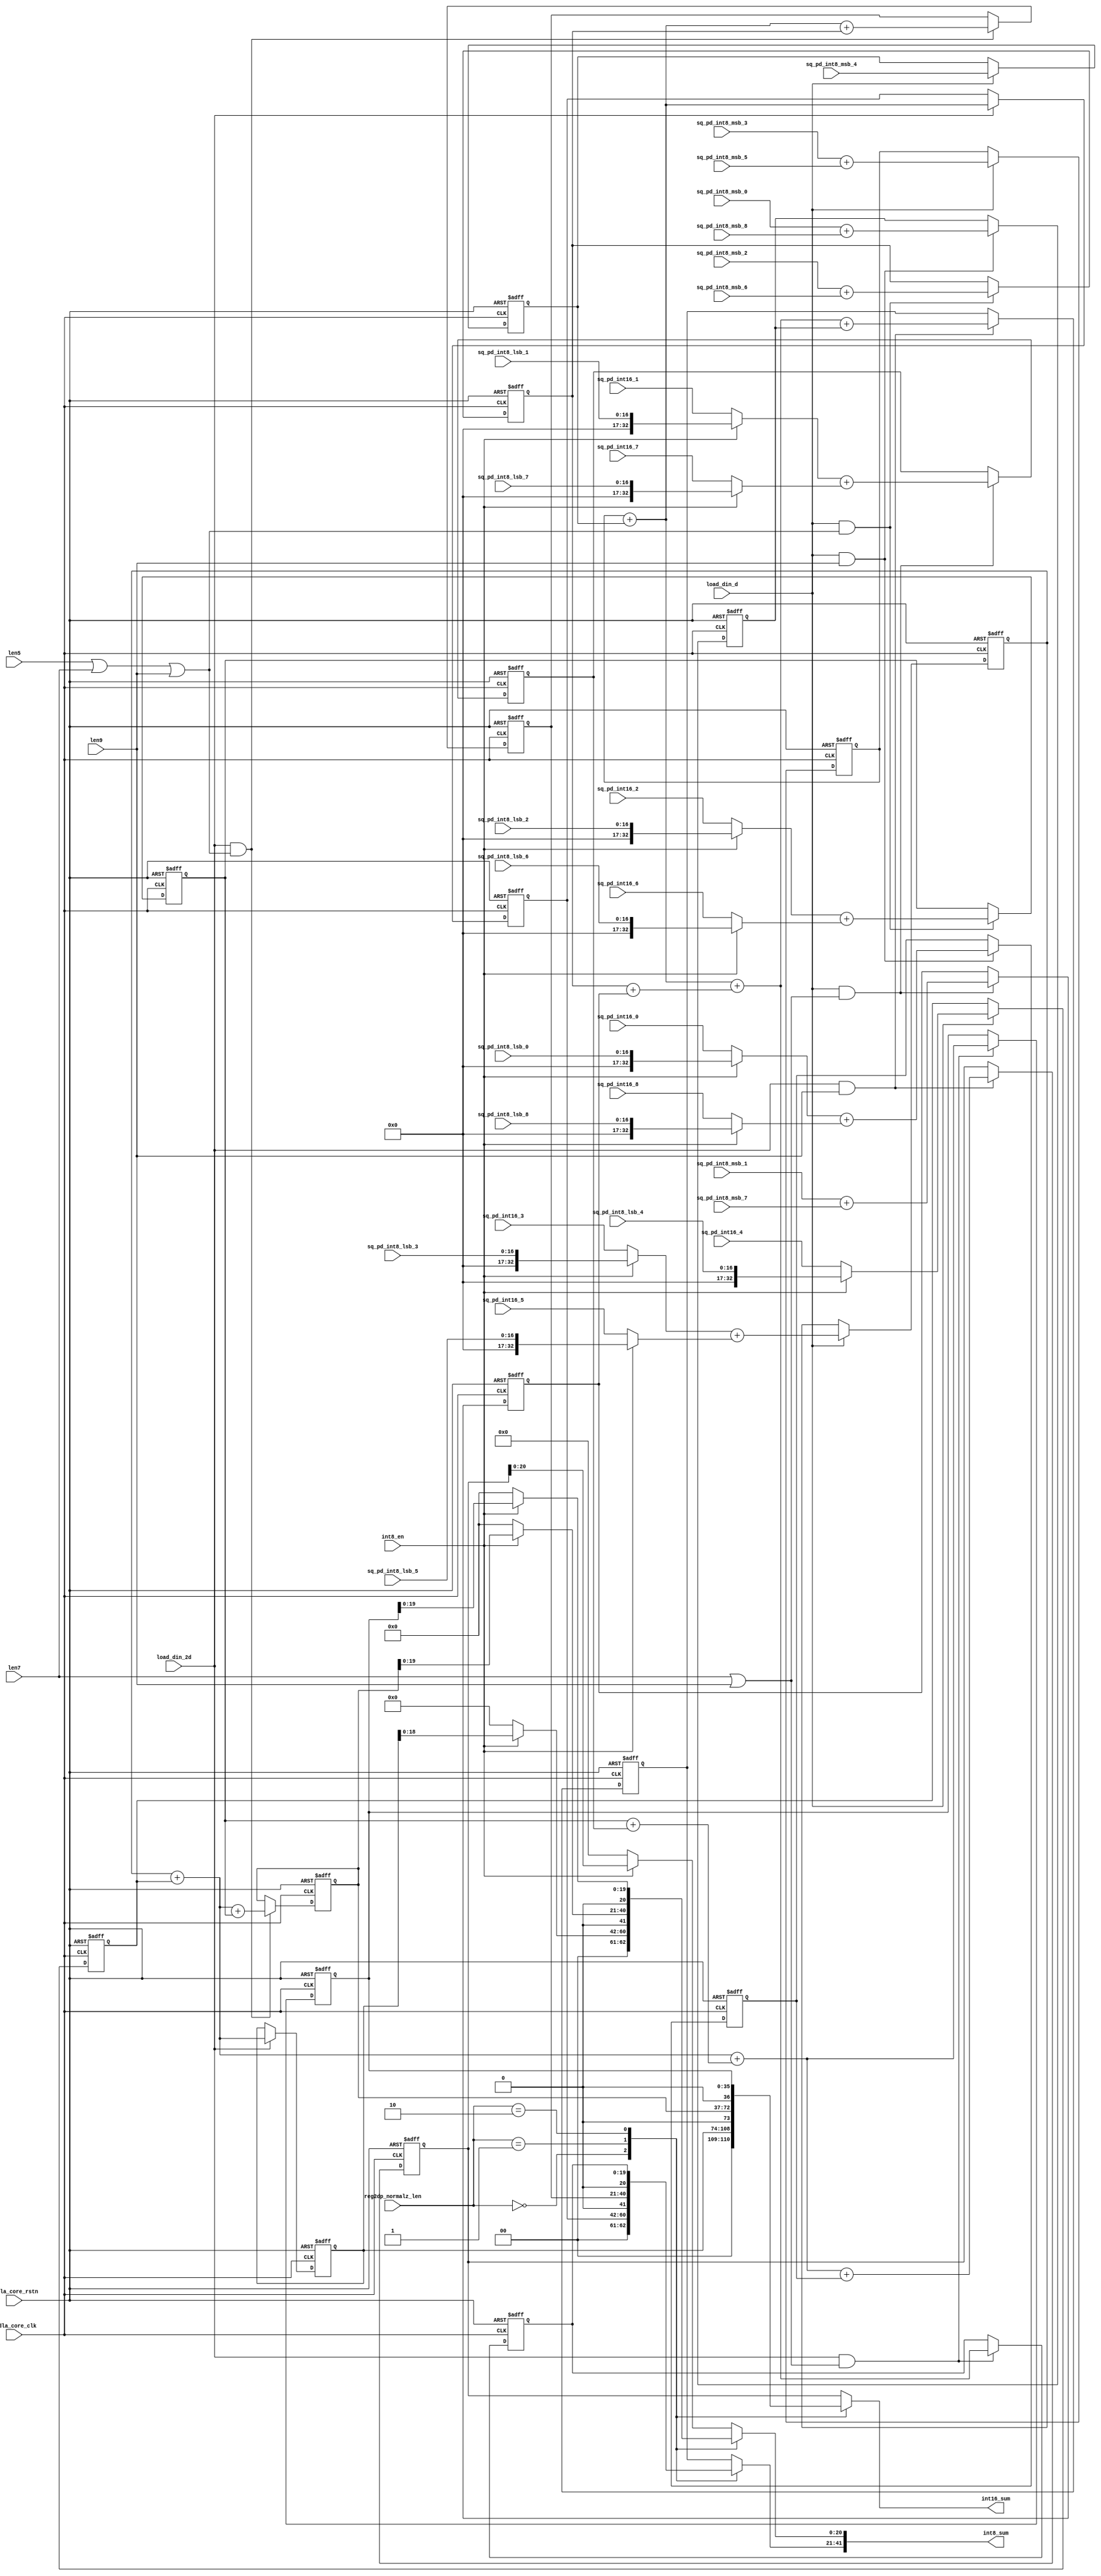
// ================================================================
// NVDLA Open Source Project
// 
// Copyright(c) 2016 - 2017 NVIDIA Corporation.  Licensed under the
// NVDLA Open Hardware License; Check "LICENSE" which comes with 
// this distribution for more information.
// ================================================================


module int_sum_block (
   nvdla_core_clk
  ,nvdla_core_rstn
  ,int8_en
  ,len5
  ,len7
  ,len9
  ,load_din_2d
  ,load_din_d
  ,reg2dp_normalz_len
  ,sq_pd_int16_0
  ,sq_pd_int16_1
  ,sq_pd_int16_2
  ,sq_pd_int16_3
  ,sq_pd_int16_4
  ,sq_pd_int16_5
  ,sq_pd_int16_6
  ,sq_pd_int16_7
  ,sq_pd_int16_8
  ,sq_pd_int8_lsb_0
  ,sq_pd_int8_lsb_1
  ,sq_pd_int8_lsb_2
  ,sq_pd_int8_lsb_3
  ,sq_pd_int8_lsb_4
  ,sq_pd_int8_lsb_5
  ,sq_pd_int8_lsb_6
  ,sq_pd_int8_lsb_7
  ,sq_pd_int8_lsb_8
  ,sq_pd_int8_msb_0
  ,sq_pd_int8_msb_1
  ,sq_pd_int8_msb_2
  ,sq_pd_int8_msb_3
  ,sq_pd_int8_msb_4
  ,sq_pd_int8_msb_5
  ,sq_pd_int8_msb_6
  ,sq_pd_int8_msb_7
  ,sq_pd_int8_msb_8
  ,int16_sum
  ,int8_sum
  );
input         nvdla_core_clk;
input         nvdla_core_rstn;
input         int8_en;
input         len5;
input         len7;
input         len9;
input         load_din_2d;
input         load_din_d;
input   [1:0] reg2dp_normalz_len;
input  [32:0] sq_pd_int16_0;
input  [32:0] sq_pd_int16_1;
input  [32:0] sq_pd_int16_2;
input  [32:0] sq_pd_int16_3;
input  [32:0] sq_pd_int16_4;
input  [32:0] sq_pd_int16_5;
input  [32:0] sq_pd_int16_6;
input  [32:0] sq_pd_int16_7;
input  [32:0] sq_pd_int16_8;
input  [16:0] sq_pd_int8_lsb_0;
input  [16:0] sq_pd_int8_lsb_1;
input  [16:0] sq_pd_int8_lsb_2;
input  [16:0] sq_pd_int8_lsb_3;
input  [16:0] sq_pd_int8_lsb_4;
input  [16:0] sq_pd_int8_lsb_5;
input  [16:0] sq_pd_int8_lsb_6;
input  [16:0] sq_pd_int8_lsb_7;
input  [16:0] sq_pd_int8_lsb_8;
input  [16:0] sq_pd_int8_msb_0;
input  [16:0] sq_pd_int8_msb_1;
input  [16:0] sq_pd_int8_msb_2;
input  [16:0] sq_pd_int8_msb_3;
input  [16:0] sq_pd_int8_msb_4;
input  [16:0] sq_pd_int8_msb_5;
input  [16:0] sq_pd_int8_msb_6;
input  [16:0] sq_pd_int8_msb_7;
input  [16:0] sq_pd_int8_msb_8;
output [36:0] int16_sum;
output [41:0] int8_sum;
reg    [36:0] int16_sum;
reg    [34:0] int16_sum3;
reg    [35:0] int16_sum5;
reg    [35:0] int16_sum7;
reg    [36:0] int16_sum9;
reg    [33:0] int16_sum_0_8;
reg    [33:0] int16_sum_1_7;
reg    [33:0] int16_sum_2_6;
reg    [33:0] int16_sum_3_5;
reg    [20:0] int8_lsb_sum;
reg    [20:0] int8_msb_sum;
reg    [18:0] int8_msb_sum3;
reg    [19:0] int8_msb_sum5;
reg    [19:0] int8_msb_sum7;
reg    [20:0] int8_msb_sum9;
reg    [17:0] int8_msb_sum_0_8;
reg    [17:0] int8_msb_sum_1_7;
reg    [17:0] int8_msb_sum_2_6;
reg    [17:0] int8_msb_sum_3_5;
reg    [32:0] sq4_d;
reg    [16:0] sq_pd_int8_msb_4_d;
wire   [18:0] int8_lsb_sum3;
wire   [19:0] int8_lsb_sum5;
wire   [19:0] int8_lsb_sum7;
wire   [20:0] int8_lsb_sum9;
wire   [32:0] sq0;
wire   [32:0] sq1;
wire   [32:0] sq2;
wire   [32:0] sq3;
wire   [32:0] sq5;
wire   [32:0] sq6;
wire   [32:0] sq7;
wire   [32:0] sq8;

assign sq3[32:0] = int8_en ? {16'd0,sq_pd_int8_lsb_3[16:0]} :sq_pd_int16_3[32:0];
assign sq5[32:0] = int8_en ? {16'd0,sq_pd_int8_lsb_5[16:0]} :sq_pd_int16_5[32:0];
assign sq2[32:0] = int8_en ? {16'd0,sq_pd_int8_lsb_2[16:0]} :sq_pd_int16_2[32:0];
assign sq6[32:0] = int8_en ? {16'd0,sq_pd_int8_lsb_6[16:0]} :sq_pd_int16_6[32:0];
assign sq1[32:0] = int8_en ? {16'd0,sq_pd_int8_lsb_1[16:0]} :sq_pd_int16_1[32:0];
assign sq7[32:0] = int8_en ? {16'd0,sq_pd_int8_lsb_7[16:0]} :sq_pd_int16_7[32:0];
assign sq0[32:0] = int8_en ? {16'd0,sq_pd_int8_lsb_0[16:0]} :sq_pd_int16_0[32:0];
assign sq8[32:0] = int8_en ? {16'd0,sq_pd_int8_lsb_8[16:0]} :sq_pd_int16_8[32:0];

//sum process
always @(posedge nvdla_core_clk or negedge nvdla_core_rstn) begin
  if (!nvdla_core_rstn) begin
    int8_msb_sum_3_5 <= {18{1'b0}};
  end else begin
  if ((load_din_d                   ) == 1'b1) begin
    int8_msb_sum_3_5 <= (sq_pd_int8_msb_3[16:0] + sq_pd_int8_msb_5[16:0]);
  // VCS coverage off
  end else if ((load_din_d                   ) == 1'b0) begin
  end else begin
    int8_msb_sum_3_5 <= 'bx;  // spyglass disable STARC-2.10.1.6 W443 NoWidthInBasedNum-ML -- (Constant containing x or z used, Based number `bx contains an X, Width specification missing for based number)
  // VCS coverage on
  end
  end
end
`ifdef SPYGLASS_ASSERT_ON
`else
// spyglass disable_block NoWidthInBasedNum-ML 
// spyglass disable_block STARC-2.10.3.2a 
// spyglass disable_block STARC05-2.1.3.1 
// spyglass disable_block STARC-2.1.4.6 
// spyglass disable_block W116 
// spyglass disable_block W154 
// spyglass disable_block W239 
// spyglass disable_block W362 
// spyglass disable_block WRN_58 
// spyglass disable_block WRN_61 
`endif // SPYGLASS_ASSERT_ON
`ifdef ASSERT_ON
`ifdef FV_ASSERT_ON
`define ASSERT_RESET nvdla_core_rstn
`else
`ifdef SYNTHESIS
`define ASSERT_RESET nvdla_core_rstn
`else
`ifdef ASSERT_OFF_RESET_IS_X
`define ASSERT_RESET ((1'bx === nvdla_core_rstn) ? 1'b0 : nvdla_core_rstn)
`else
`define ASSERT_RESET ((1'bx === nvdla_core_rstn) ? 1'b1 : nvdla_core_rstn)
`endif // ASSERT_OFF_RESET_IS_X
`endif // SYNTHESIS
`endif // FV_ASSERT_ON
`ifndef SYNTHESIS
  // VCS coverage off 
  nv_assert_no_x #(0,1,0,"No X's allowed on control signals")      zzz_assert_no_x_1x (nvdla_core_clk, `ASSERT_RESET, 1'd1,  (^(load_din_d                   ))); // spyglass disable W504 SelfDeterminedExpr-ML 
  // VCS coverage on
`endif
`undef ASSERT_RESET
`endif // ASSERT_ON
`ifdef SPYGLASS_ASSERT_ON
`else
// spyglass enable_block NoWidthInBasedNum-ML 
// spyglass enable_block STARC-2.10.3.2a 
// spyglass enable_block STARC05-2.1.3.1 
// spyglass enable_block STARC-2.1.4.6 
// spyglass enable_block W116 
// spyglass enable_block W154 
// spyglass enable_block W239 
// spyglass enable_block W362 
// spyglass enable_block WRN_58 
// spyglass enable_block WRN_61 
`endif // SPYGLASS_ASSERT_ON
always @(posedge nvdla_core_clk or negedge nvdla_core_rstn) begin
  if (!nvdla_core_rstn) begin
    int8_msb_sum_2_6 <= {18{1'b0}};
  end else begin
  if ((load_din_d & (len5|len7|len9)) == 1'b1) begin
    int8_msb_sum_2_6 <= (sq_pd_int8_msb_2[16:0] + sq_pd_int8_msb_6[16:0]);
  // VCS coverage off
  end else if ((load_din_d & (len5|len7|len9)) == 1'b0) begin
  end else begin
    int8_msb_sum_2_6 <= 'bx;  // spyglass disable STARC-2.10.1.6 W443 NoWidthInBasedNum-ML -- (Constant containing x or z used, Based number `bx contains an X, Width specification missing for based number)
  // VCS coverage on
  end
  end
end
`ifdef SPYGLASS_ASSERT_ON
`else
// spyglass disable_block NoWidthInBasedNum-ML 
// spyglass disable_block STARC-2.10.3.2a 
// spyglass disable_block STARC05-2.1.3.1 
// spyglass disable_block STARC-2.1.4.6 
// spyglass disable_block W116 
// spyglass disable_block W154 
// spyglass disable_block W239 
// spyglass disable_block W362 
// spyglass disable_block WRN_58 
// spyglass disable_block WRN_61 
`endif // SPYGLASS_ASSERT_ON
`ifdef ASSERT_ON
`ifdef FV_ASSERT_ON
`define ASSERT_RESET nvdla_core_rstn
`else
`ifdef SYNTHESIS
`define ASSERT_RESET nvdla_core_rstn
`else
`ifdef ASSERT_OFF_RESET_IS_X
`define ASSERT_RESET ((1'bx === nvdla_core_rstn) ? 1'b0 : nvdla_core_rstn)
`else
`define ASSERT_RESET ((1'bx === nvdla_core_rstn) ? 1'b1 : nvdla_core_rstn)
`endif // ASSERT_OFF_RESET_IS_X
`endif // SYNTHESIS
`endif // FV_ASSERT_ON
`ifndef SYNTHESIS
  // VCS coverage off 
  nv_assert_no_x #(0,1,0,"No X's allowed on control signals")      zzz_assert_no_x_2x (nvdla_core_clk, `ASSERT_RESET, 1'd1,  (^(load_din_d & (len5|len7|len9)))); // spyglass disable W504 SelfDeterminedExpr-ML 
  // VCS coverage on
`endif
`undef ASSERT_RESET
`endif // ASSERT_ON
`ifdef SPYGLASS_ASSERT_ON
`else
// spyglass enable_block NoWidthInBasedNum-ML 
// spyglass enable_block STARC-2.10.3.2a 
// spyglass enable_block STARC05-2.1.3.1 
// spyglass enable_block STARC-2.1.4.6 
// spyglass enable_block W116 
// spyglass enable_block W154 
// spyglass enable_block W239 
// spyglass enable_block W362 
// spyglass enable_block WRN_58 
// spyglass enable_block WRN_61 
`endif // SPYGLASS_ASSERT_ON
always @(posedge nvdla_core_clk or negedge nvdla_core_rstn) begin
  if (!nvdla_core_rstn) begin
    int8_msb_sum_1_7 <= {18{1'b0}};
  end else begin
  if ((load_din_d & (len7|len9)     ) == 1'b1) begin
    int8_msb_sum_1_7 <= (sq_pd_int8_msb_1[16:0] + sq_pd_int8_msb_7[16:0]);
  // VCS coverage off
  end else if ((load_din_d & (len7|len9)     ) == 1'b0) begin
  end else begin
    int8_msb_sum_1_7 <= 'bx;  // spyglass disable STARC-2.10.1.6 W443 NoWidthInBasedNum-ML -- (Constant containing x or z used, Based number `bx contains an X, Width specification missing for based number)
  // VCS coverage on
  end
  end
end
`ifdef SPYGLASS_ASSERT_ON
`else
// spyglass disable_block NoWidthInBasedNum-ML 
// spyglass disable_block STARC-2.10.3.2a 
// spyglass disable_block STARC05-2.1.3.1 
// spyglass disable_block STARC-2.1.4.6 
// spyglass disable_block W116 
// spyglass disable_block W154 
// spyglass disable_block W239 
// spyglass disable_block W362 
// spyglass disable_block WRN_58 
// spyglass disable_block WRN_61 
`endif // SPYGLASS_ASSERT_ON
`ifdef ASSERT_ON
`ifdef FV_ASSERT_ON
`define ASSERT_RESET nvdla_core_rstn
`else
`ifdef SYNTHESIS
`define ASSERT_RESET nvdla_core_rstn
`else
`ifdef ASSERT_OFF_RESET_IS_X
`define ASSERT_RESET ((1'bx === nvdla_core_rstn) ? 1'b0 : nvdla_core_rstn)
`else
`define ASSERT_RESET ((1'bx === nvdla_core_rstn) ? 1'b1 : nvdla_core_rstn)
`endif // ASSERT_OFF_RESET_IS_X
`endif // SYNTHESIS
`endif // FV_ASSERT_ON
`ifndef SYNTHESIS
  // VCS coverage off 
  nv_assert_no_x #(0,1,0,"No X's allowed on control signals")      zzz_assert_no_x_3x (nvdla_core_clk, `ASSERT_RESET, 1'd1,  (^(load_din_d & (len7|len9)     ))); // spyglass disable W504 SelfDeterminedExpr-ML 
  // VCS coverage on
`endif
`undef ASSERT_RESET
`endif // ASSERT_ON
`ifdef SPYGLASS_ASSERT_ON
`else
// spyglass enable_block NoWidthInBasedNum-ML 
// spyglass enable_block STARC-2.10.3.2a 
// spyglass enable_block STARC05-2.1.3.1 
// spyglass enable_block STARC-2.1.4.6 
// spyglass enable_block W116 
// spyglass enable_block W154 
// spyglass enable_block W239 
// spyglass enable_block W362 
// spyglass enable_block WRN_58 
// spyglass enable_block WRN_61 
`endif // SPYGLASS_ASSERT_ON
always @(posedge nvdla_core_clk or negedge nvdla_core_rstn) begin
  if (!nvdla_core_rstn) begin
    int8_msb_sum_0_8 <= {18{1'b0}};
  end else begin
  if ((load_din_d & (len9)          ) == 1'b1) begin
    int8_msb_sum_0_8 <= (sq_pd_int8_msb_0[16:0] + sq_pd_int8_msb_8[16:0]);
  // VCS coverage off
  end else if ((load_din_d & (len9)          ) == 1'b0) begin
  end else begin
    int8_msb_sum_0_8 <= 'bx;  // spyglass disable STARC-2.10.1.6 W443 NoWidthInBasedNum-ML -- (Constant containing x or z used, Based number `bx contains an X, Width specification missing for based number)
  // VCS coverage on
  end
  end
end
`ifdef SPYGLASS_ASSERT_ON
`else
// spyglass disable_block NoWidthInBasedNum-ML 
// spyglass disable_block STARC-2.10.3.2a 
// spyglass disable_block STARC05-2.1.3.1 
// spyglass disable_block STARC-2.1.4.6 
// spyglass disable_block W116 
// spyglass disable_block W154 
// spyglass disable_block W239 
// spyglass disable_block W362 
// spyglass disable_block WRN_58 
// spyglass disable_block WRN_61 
`endif // SPYGLASS_ASSERT_ON
`ifdef ASSERT_ON
`ifdef FV_ASSERT_ON
`define ASSERT_RESET nvdla_core_rstn
`else
`ifdef SYNTHESIS
`define ASSERT_RESET nvdla_core_rstn
`else
`ifdef ASSERT_OFF_RESET_IS_X
`define ASSERT_RESET ((1'bx === nvdla_core_rstn) ? 1'b0 : nvdla_core_rstn)
`else
`define ASSERT_RESET ((1'bx === nvdla_core_rstn) ? 1'b1 : nvdla_core_rstn)
`endif // ASSERT_OFF_RESET_IS_X
`endif // SYNTHESIS
`endif // FV_ASSERT_ON
`ifndef SYNTHESIS
  // VCS coverage off 
  nv_assert_no_x #(0,1,0,"No X's allowed on control signals")      zzz_assert_no_x_4x (nvdla_core_clk, `ASSERT_RESET, 1'd1,  (^(load_din_d & (len9)          ))); // spyglass disable W504 SelfDeterminedExpr-ML 
  // VCS coverage on
`endif
`undef ASSERT_RESET
`endif // ASSERT_ON
`ifdef SPYGLASS_ASSERT_ON
`else
// spyglass enable_block NoWidthInBasedNum-ML 
// spyglass enable_block STARC-2.10.3.2a 
// spyglass enable_block STARC05-2.1.3.1 
// spyglass enable_block STARC-2.1.4.6 
// spyglass enable_block W116 
// spyglass enable_block W154 
// spyglass enable_block W239 
// spyglass enable_block W362 
// spyglass enable_block WRN_58 
// spyglass enable_block WRN_61 
`endif // SPYGLASS_ASSERT_ON

always @(posedge nvdla_core_clk or negedge nvdla_core_rstn) begin
  if (!nvdla_core_rstn) begin
    int16_sum_3_5 <= {34{1'b0}};
  end else begin
  if ((load_din_d                   ) == 1'b1) begin
    int16_sum_3_5 <= (sq3[32:0] + sq5[32:0]);
  // VCS coverage off
  end else if ((load_din_d                   ) == 1'b0) begin
  end else begin
    int16_sum_3_5 <= 'bx;  // spyglass disable STARC-2.10.1.6 W443 NoWidthInBasedNum-ML -- (Constant containing x or z used, Based number `bx contains an X, Width specification missing for based number)
  // VCS coverage on
  end
  end
end
`ifdef SPYGLASS_ASSERT_ON
`else
// spyglass disable_block NoWidthInBasedNum-ML 
// spyglass disable_block STARC-2.10.3.2a 
// spyglass disable_block STARC05-2.1.3.1 
// spyglass disable_block STARC-2.1.4.6 
// spyglass disable_block W116 
// spyglass disable_block W154 
// spyglass disable_block W239 
// spyglass disable_block W362 
// spyglass disable_block WRN_58 
// spyglass disable_block WRN_61 
`endif // SPYGLASS_ASSERT_ON
`ifdef ASSERT_ON
`ifdef FV_ASSERT_ON
`define ASSERT_RESET nvdla_core_rstn
`else
`ifdef SYNTHESIS
`define ASSERT_RESET nvdla_core_rstn
`else
`ifdef ASSERT_OFF_RESET_IS_X
`define ASSERT_RESET ((1'bx === nvdla_core_rstn) ? 1'b0 : nvdla_core_rstn)
`else
`define ASSERT_RESET ((1'bx === nvdla_core_rstn) ? 1'b1 : nvdla_core_rstn)
`endif // ASSERT_OFF_RESET_IS_X
`endif // SYNTHESIS
`endif // FV_ASSERT_ON
`ifndef SYNTHESIS
  // VCS coverage off 
  nv_assert_no_x #(0,1,0,"No X's allowed on control signals")      zzz_assert_no_x_5x (nvdla_core_clk, `ASSERT_RESET, 1'd1,  (^(load_din_d                   ))); // spyglass disable W504 SelfDeterminedExpr-ML 
  // VCS coverage on
`endif
`undef ASSERT_RESET
`endif // ASSERT_ON
`ifdef SPYGLASS_ASSERT_ON
`else
// spyglass enable_block NoWidthInBasedNum-ML 
// spyglass enable_block STARC-2.10.3.2a 
// spyglass enable_block STARC05-2.1.3.1 
// spyglass enable_block STARC-2.1.4.6 
// spyglass enable_block W116 
// spyglass enable_block W154 
// spyglass enable_block W239 
// spyglass enable_block W362 
// spyglass enable_block WRN_58 
// spyglass enable_block WRN_61 
`endif // SPYGLASS_ASSERT_ON
always @(posedge nvdla_core_clk or negedge nvdla_core_rstn) begin
  if (!nvdla_core_rstn) begin
    int16_sum_2_6 <= {34{1'b0}};
  end else begin
  if ((load_din_d & (len5|len7|len9)) == 1'b1) begin
    int16_sum_2_6 <= (sq2[32:0] + sq6[32:0]);
  // VCS coverage off
  end else if ((load_din_d & (len5|len7|len9)) == 1'b0) begin
  end else begin
    int16_sum_2_6 <= 'bx;  // spyglass disable STARC-2.10.1.6 W443 NoWidthInBasedNum-ML -- (Constant containing x or z used, Based number `bx contains an X, Width specification missing for based number)
  // VCS coverage on
  end
  end
end
`ifdef SPYGLASS_ASSERT_ON
`else
// spyglass disable_block NoWidthInBasedNum-ML 
// spyglass disable_block STARC-2.10.3.2a 
// spyglass disable_block STARC05-2.1.3.1 
// spyglass disable_block STARC-2.1.4.6 
// spyglass disable_block W116 
// spyglass disable_block W154 
// spyglass disable_block W239 
// spyglass disable_block W362 
// spyglass disable_block WRN_58 
// spyglass disable_block WRN_61 
`endif // SPYGLASS_ASSERT_ON
`ifdef ASSERT_ON
`ifdef FV_ASSERT_ON
`define ASSERT_RESET nvdla_core_rstn
`else
`ifdef SYNTHESIS
`define ASSERT_RESET nvdla_core_rstn
`else
`ifdef ASSERT_OFF_RESET_IS_X
`define ASSERT_RESET ((1'bx === nvdla_core_rstn) ? 1'b0 : nvdla_core_rstn)
`else
`define ASSERT_RESET ((1'bx === nvdla_core_rstn) ? 1'b1 : nvdla_core_rstn)
`endif // ASSERT_OFF_RESET_IS_X
`endif // SYNTHESIS
`endif // FV_ASSERT_ON
`ifndef SYNTHESIS
  // VCS coverage off 
  nv_assert_no_x #(0,1,0,"No X's allowed on control signals")      zzz_assert_no_x_6x (nvdla_core_clk, `ASSERT_RESET, 1'd1,  (^(load_din_d & (len5|len7|len9)))); // spyglass disable W504 SelfDeterminedExpr-ML 
  // VCS coverage on
`endif
`undef ASSERT_RESET
`endif // ASSERT_ON
`ifdef SPYGLASS_ASSERT_ON
`else
// spyglass enable_block NoWidthInBasedNum-ML 
// spyglass enable_block STARC-2.10.3.2a 
// spyglass enable_block STARC05-2.1.3.1 
// spyglass enable_block STARC-2.1.4.6 
// spyglass enable_block W116 
// spyglass enable_block W154 
// spyglass enable_block W239 
// spyglass enable_block W362 
// spyglass enable_block WRN_58 
// spyglass enable_block WRN_61 
`endif // SPYGLASS_ASSERT_ON
always @(posedge nvdla_core_clk or negedge nvdla_core_rstn) begin
  if (!nvdla_core_rstn) begin
    int16_sum_1_7 <= {34{1'b0}};
  end else begin
  if ((load_din_d & (len7|len9)     ) == 1'b1) begin
    int16_sum_1_7 <= (sq1[32:0] + sq7[32:0]);
  // VCS coverage off
  end else if ((load_din_d & (len7|len9)     ) == 1'b0) begin
  end else begin
    int16_sum_1_7 <= 'bx;  // spyglass disable STARC-2.10.1.6 W443 NoWidthInBasedNum-ML -- (Constant containing x or z used, Based number `bx contains an X, Width specification missing for based number)
  // VCS coverage on
  end
  end
end
`ifdef SPYGLASS_ASSERT_ON
`else
// spyglass disable_block NoWidthInBasedNum-ML 
// spyglass disable_block STARC-2.10.3.2a 
// spyglass disable_block STARC05-2.1.3.1 
// spyglass disable_block STARC-2.1.4.6 
// spyglass disable_block W116 
// spyglass disable_block W154 
// spyglass disable_block W239 
// spyglass disable_block W362 
// spyglass disable_block WRN_58 
// spyglass disable_block WRN_61 
`endif // SPYGLASS_ASSERT_ON
`ifdef ASSERT_ON
`ifdef FV_ASSERT_ON
`define ASSERT_RESET nvdla_core_rstn
`else
`ifdef SYNTHESIS
`define ASSERT_RESET nvdla_core_rstn
`else
`ifdef ASSERT_OFF_RESET_IS_X
`define ASSERT_RESET ((1'bx === nvdla_core_rstn) ? 1'b0 : nvdla_core_rstn)
`else
`define ASSERT_RESET ((1'bx === nvdla_core_rstn) ? 1'b1 : nvdla_core_rstn)
`endif // ASSERT_OFF_RESET_IS_X
`endif // SYNTHESIS
`endif // FV_ASSERT_ON
`ifndef SYNTHESIS
  // VCS coverage off 
  nv_assert_no_x #(0,1,0,"No X's allowed on control signals")      zzz_assert_no_x_7x (nvdla_core_clk, `ASSERT_RESET, 1'd1,  (^(load_din_d & (len7|len9)     ))); // spyglass disable W504 SelfDeterminedExpr-ML 
  // VCS coverage on
`endif
`undef ASSERT_RESET
`endif // ASSERT_ON
`ifdef SPYGLASS_ASSERT_ON
`else
// spyglass enable_block NoWidthInBasedNum-ML 
// spyglass enable_block STARC-2.10.3.2a 
// spyglass enable_block STARC05-2.1.3.1 
// spyglass enable_block STARC-2.1.4.6 
// spyglass enable_block W116 
// spyglass enable_block W154 
// spyglass enable_block W239 
// spyglass enable_block W362 
// spyglass enable_block WRN_58 
// spyglass enable_block WRN_61 
`endif // SPYGLASS_ASSERT_ON
always @(posedge nvdla_core_clk or negedge nvdla_core_rstn) begin
  if (!nvdla_core_rstn) begin
    int16_sum_0_8 <= {34{1'b0}};
  end else begin
  if ((load_din_d & (len9)          ) == 1'b1) begin
    int16_sum_0_8 <= (sq0[32:0] + sq8[32:0]);
  // VCS coverage off
  end else if ((load_din_d & (len9)          ) == 1'b0) begin
  end else begin
    int16_sum_0_8 <= 'bx;  // spyglass disable STARC-2.10.1.6 W443 NoWidthInBasedNum-ML -- (Constant containing x or z used, Based number `bx contains an X, Width specification missing for based number)
  // VCS coverage on
  end
  end
end
`ifdef SPYGLASS_ASSERT_ON
`else
// spyglass disable_block NoWidthInBasedNum-ML 
// spyglass disable_block STARC-2.10.3.2a 
// spyglass disable_block STARC05-2.1.3.1 
// spyglass disable_block STARC-2.1.4.6 
// spyglass disable_block W116 
// spyglass disable_block W154 
// spyglass disable_block W239 
// spyglass disable_block W362 
// spyglass disable_block WRN_58 
// spyglass disable_block WRN_61 
`endif // SPYGLASS_ASSERT_ON
`ifdef ASSERT_ON
`ifdef FV_ASSERT_ON
`define ASSERT_RESET nvdla_core_rstn
`else
`ifdef SYNTHESIS
`define ASSERT_RESET nvdla_core_rstn
`else
`ifdef ASSERT_OFF_RESET_IS_X
`define ASSERT_RESET ((1'bx === nvdla_core_rstn) ? 1'b0 : nvdla_core_rstn)
`else
`define ASSERT_RESET ((1'bx === nvdla_core_rstn) ? 1'b1 : nvdla_core_rstn)
`endif // ASSERT_OFF_RESET_IS_X
`endif // SYNTHESIS
`endif // FV_ASSERT_ON
`ifndef SYNTHESIS
  // VCS coverage off 
  nv_assert_no_x #(0,1,0,"No X's allowed on control signals")      zzz_assert_no_x_8x (nvdla_core_clk, `ASSERT_RESET, 1'd1,  (^(load_din_d & (len9)          ))); // spyglass disable W504 SelfDeterminedExpr-ML 
  // VCS coverage on
`endif
`undef ASSERT_RESET
`endif // ASSERT_ON
`ifdef SPYGLASS_ASSERT_ON
`else
// spyglass enable_block NoWidthInBasedNum-ML 
// spyglass enable_block STARC-2.10.3.2a 
// spyglass enable_block STARC05-2.1.3.1 
// spyglass enable_block STARC-2.1.4.6 
// spyglass enable_block W116 
// spyglass enable_block W154 
// spyglass enable_block W239 
// spyglass enable_block W362 
// spyglass enable_block WRN_58 
// spyglass enable_block WRN_61 
`endif // SPYGLASS_ASSERT_ON

always @(posedge nvdla_core_clk or negedge nvdla_core_rstn) begin
  if (!nvdla_core_rstn) begin
    sq4_d[32:0] <= {33{1'b0}};
  end else begin
  if ((load_din_d) == 1'b1) begin
    sq4_d[32:0] <= (int8_en ? {16'd0,sq_pd_int8_lsb_4[16:0]} : sq_pd_int16_4[32:0]);
  // VCS coverage off
  end else if ((load_din_d) == 1'b0) begin
  end else begin
    sq4_d[32:0] <= 'bx;  // spyglass disable STARC-2.10.1.6 W443 NoWidthInBasedNum-ML -- (Constant containing x or z used, Based number `bx contains an X, Width specification missing for based number)
  // VCS coverage on
  end
  end
end
`ifdef SPYGLASS_ASSERT_ON
`else
// spyglass disable_block NoWidthInBasedNum-ML 
// spyglass disable_block STARC-2.10.3.2a 
// spyglass disable_block STARC05-2.1.3.1 
// spyglass disable_block STARC-2.1.4.6 
// spyglass disable_block W116 
// spyglass disable_block W154 
// spyglass disable_block W239 
// spyglass disable_block W362 
// spyglass disable_block WRN_58 
// spyglass disable_block WRN_61 
`endif // SPYGLASS_ASSERT_ON
`ifdef ASSERT_ON
`ifdef FV_ASSERT_ON
`define ASSERT_RESET nvdla_core_rstn
`else
`ifdef SYNTHESIS
`define ASSERT_RESET nvdla_core_rstn
`else
`ifdef ASSERT_OFF_RESET_IS_X
`define ASSERT_RESET ((1'bx === nvdla_core_rstn) ? 1'b0 : nvdla_core_rstn)
`else
`define ASSERT_RESET ((1'bx === nvdla_core_rstn) ? 1'b1 : nvdla_core_rstn)
`endif // ASSERT_OFF_RESET_IS_X
`endif // SYNTHESIS
`endif // FV_ASSERT_ON
`ifndef SYNTHESIS
  // VCS coverage off 
  nv_assert_no_x #(0,1,0,"No X's allowed on control signals")      zzz_assert_no_x_9x (nvdla_core_clk, `ASSERT_RESET, 1'd1,  (^(load_din_d))); // spyglass disable W504 SelfDeterminedExpr-ML 
  // VCS coverage on
`endif
`undef ASSERT_RESET
`endif // ASSERT_ON
`ifdef SPYGLASS_ASSERT_ON
`else
// spyglass enable_block NoWidthInBasedNum-ML 
// spyglass enable_block STARC-2.10.3.2a 
// spyglass enable_block STARC05-2.1.3.1 
// spyglass enable_block STARC-2.1.4.6 
// spyglass enable_block W116 
// spyglass enable_block W154 
// spyglass enable_block W239 
// spyglass enable_block W362 
// spyglass enable_block WRN_58 
// spyglass enable_block WRN_61 
`endif // SPYGLASS_ASSERT_ON
always @(posedge nvdla_core_clk or negedge nvdla_core_rstn) begin
  if (!nvdla_core_rstn) begin
    sq_pd_int8_msb_4_d[16:0] <= {17{1'b0}};
  end else begin
  if ((load_din_d) == 1'b1) begin
    sq_pd_int8_msb_4_d[16:0] <= sq_pd_int8_msb_4[16:0];
  // VCS coverage off
  end else if ((load_din_d) == 1'b0) begin
  end else begin
    sq_pd_int8_msb_4_d[16:0] <= 'bx;  // spyglass disable STARC-2.10.1.6 W443 NoWidthInBasedNum-ML -- (Constant containing x or z used, Based number `bx contains an X, Width specification missing for based number)
  // VCS coverage on
  end
  end
end
`ifdef SPYGLASS_ASSERT_ON
`else
// spyglass disable_block NoWidthInBasedNum-ML 
// spyglass disable_block STARC-2.10.3.2a 
// spyglass disable_block STARC05-2.1.3.1 
// spyglass disable_block STARC-2.1.4.6 
// spyglass disable_block W116 
// spyglass disable_block W154 
// spyglass disable_block W239 
// spyglass disable_block W362 
// spyglass disable_block WRN_58 
// spyglass disable_block WRN_61 
`endif // SPYGLASS_ASSERT_ON
`ifdef ASSERT_ON
`ifdef FV_ASSERT_ON
`define ASSERT_RESET nvdla_core_rstn
`else
`ifdef SYNTHESIS
`define ASSERT_RESET nvdla_core_rstn
`else
`ifdef ASSERT_OFF_RESET_IS_X
`define ASSERT_RESET ((1'bx === nvdla_core_rstn) ? 1'b0 : nvdla_core_rstn)
`else
`define ASSERT_RESET ((1'bx === nvdla_core_rstn) ? 1'b1 : nvdla_core_rstn)
`endif // ASSERT_OFF_RESET_IS_X
`endif // SYNTHESIS
`endif // FV_ASSERT_ON
`ifndef SYNTHESIS
  // VCS coverage off 
  nv_assert_no_x #(0,1,0,"No X's allowed on control signals")      zzz_assert_no_x_10x (nvdla_core_clk, `ASSERT_RESET, 1'd1,  (^(load_din_d))); // spyglass disable W504 SelfDeterminedExpr-ML 
  // VCS coverage on
`endif
`undef ASSERT_RESET
`endif // ASSERT_ON
`ifdef SPYGLASS_ASSERT_ON
`else
// spyglass enable_block NoWidthInBasedNum-ML 
// spyglass enable_block STARC-2.10.3.2a 
// spyglass enable_block STARC05-2.1.3.1 
// spyglass enable_block STARC-2.1.4.6 
// spyglass enable_block W116 
// spyglass enable_block W154 
// spyglass enable_block W239 
// spyglass enable_block W362 
// spyglass enable_block WRN_58 
// spyglass enable_block WRN_61 
`endif // SPYGLASS_ASSERT_ON

assign int8_lsb_sum3 = int8_en? int16_sum3[18:0] : 19'd0;
assign int8_lsb_sum5 = int8_en? int16_sum5[19:0] : 20'd0;
assign int8_lsb_sum7 = int8_en? int16_sum7[19:0] : 20'd0;
assign int8_lsb_sum9 = int8_en? int16_sum9[20:0] : 21'd0;

always @(posedge nvdla_core_clk or negedge nvdla_core_rstn) begin
  if (!nvdla_core_rstn) begin
    int8_msb_sum3[18:0] <= {19{1'b0}};
  end else begin
  if ((load_din_2d                  ) == 1'b1) begin
    int8_msb_sum3[18:0] <= (int8_msb_sum_3_5[17:0] + {1'b0,sq_pd_int8_msb_4_d[16:0]});
  // VCS coverage off
  end else if ((load_din_2d                  ) == 1'b0) begin
  end else begin
    int8_msb_sum3[18:0] <= 'bx;  // spyglass disable STARC-2.10.1.6 W443 NoWidthInBasedNum-ML -- (Constant containing x or z used, Based number `bx contains an X, Width specification missing for based number)
  // VCS coverage on
  end
  end
end
`ifdef SPYGLASS_ASSERT_ON
`else
// spyglass disable_block NoWidthInBasedNum-ML 
// spyglass disable_block STARC-2.10.3.2a 
// spyglass disable_block STARC05-2.1.3.1 
// spyglass disable_block STARC-2.1.4.6 
// spyglass disable_block W116 
// spyglass disable_block W154 
// spyglass disable_block W239 
// spyglass disable_block W362 
// spyglass disable_block WRN_58 
// spyglass disable_block WRN_61 
`endif // SPYGLASS_ASSERT_ON
`ifdef ASSERT_ON
`ifdef FV_ASSERT_ON
`define ASSERT_RESET nvdla_core_rstn
`else
`ifdef SYNTHESIS
`define ASSERT_RESET nvdla_core_rstn
`else
`ifdef ASSERT_OFF_RESET_IS_X
`define ASSERT_RESET ((1'bx === nvdla_core_rstn) ? 1'b0 : nvdla_core_rstn)
`else
`define ASSERT_RESET ((1'bx === nvdla_core_rstn) ? 1'b1 : nvdla_core_rstn)
`endif // ASSERT_OFF_RESET_IS_X
`endif // SYNTHESIS
`endif // FV_ASSERT_ON
`ifndef SYNTHESIS
  // VCS coverage off 
  nv_assert_no_x #(0,1,0,"No X's allowed on control signals")      zzz_assert_no_x_11x (nvdla_core_clk, `ASSERT_RESET, 1'd1,  (^(load_din_2d                  ))); // spyglass disable W504 SelfDeterminedExpr-ML 
  // VCS coverage on
`endif
`undef ASSERT_RESET
`endif // ASSERT_ON
`ifdef SPYGLASS_ASSERT_ON
`else
// spyglass enable_block NoWidthInBasedNum-ML 
// spyglass enable_block STARC-2.10.3.2a 
// spyglass enable_block STARC05-2.1.3.1 
// spyglass enable_block STARC-2.1.4.6 
// spyglass enable_block W116 
// spyglass enable_block W154 
// spyglass enable_block W239 
// spyglass enable_block W362 
// spyglass enable_block WRN_58 
// spyglass enable_block WRN_61 
`endif // SPYGLASS_ASSERT_ON
always @(posedge nvdla_core_clk or negedge nvdla_core_rstn) begin
  if (!nvdla_core_rstn) begin
    int8_msb_sum5[19:0] <= {20{1'b0}};
  end else begin
  if ((load_din_2d &(len5|len7|len9)) == 1'b1) begin
    int8_msb_sum5[19:0] <= ((int8_msb_sum_3_5[17:0] + {1'b0,sq_pd_int8_msb_4_d[16:0]}) + {1'b0,int8_msb_sum_2_6[17:0]});
  // VCS coverage off
  end else if ((load_din_2d &(len5|len7|len9)) == 1'b0) begin
  end else begin
    int8_msb_sum5[19:0] <= 'bx;  // spyglass disable STARC-2.10.1.6 W443 NoWidthInBasedNum-ML -- (Constant containing x or z used, Based number `bx contains an X, Width specification missing for based number)
  // VCS coverage on
  end
  end
end
`ifdef SPYGLASS_ASSERT_ON
`else
// spyglass disable_block NoWidthInBasedNum-ML 
// spyglass disable_block STARC-2.10.3.2a 
// spyglass disable_block STARC05-2.1.3.1 
// spyglass disable_block STARC-2.1.4.6 
// spyglass disable_block W116 
// spyglass disable_block W154 
// spyglass disable_block W239 
// spyglass disable_block W362 
// spyglass disable_block WRN_58 
// spyglass disable_block WRN_61 
`endif // SPYGLASS_ASSERT_ON
`ifdef ASSERT_ON
`ifdef FV_ASSERT_ON
`define ASSERT_RESET nvdla_core_rstn
`else
`ifdef SYNTHESIS
`define ASSERT_RESET nvdla_core_rstn
`else
`ifdef ASSERT_OFF_RESET_IS_X
`define ASSERT_RESET ((1'bx === nvdla_core_rstn) ? 1'b0 : nvdla_core_rstn)
`else
`define ASSERT_RESET ((1'bx === nvdla_core_rstn) ? 1'b1 : nvdla_core_rstn)
`endif // ASSERT_OFF_RESET_IS_X
`endif // SYNTHESIS
`endif // FV_ASSERT_ON
`ifndef SYNTHESIS
  // VCS coverage off 
  nv_assert_no_x #(0,1,0,"No X's allowed on control signals")      zzz_assert_no_x_12x (nvdla_core_clk, `ASSERT_RESET, 1'd1,  (^(load_din_2d &(len5|len7|len9)))); // spyglass disable W504 SelfDeterminedExpr-ML 
  // VCS coverage on
`endif
`undef ASSERT_RESET
`endif // ASSERT_ON
`ifdef SPYGLASS_ASSERT_ON
`else
// spyglass enable_block NoWidthInBasedNum-ML 
// spyglass enable_block STARC-2.10.3.2a 
// spyglass enable_block STARC05-2.1.3.1 
// spyglass enable_block STARC-2.1.4.6 
// spyglass enable_block W116 
// spyglass enable_block W154 
// spyglass enable_block W239 
// spyglass enable_block W362 
// spyglass enable_block WRN_58 
// spyglass enable_block WRN_61 
`endif // SPYGLASS_ASSERT_ON
always @(posedge nvdla_core_clk or negedge nvdla_core_rstn) begin
  if (!nvdla_core_rstn) begin
    int8_msb_sum7[19:0] <= {20{1'b0}};
  end else begin
  if ((load_din_2d &(len7|len9)     ) == 1'b1) begin
    int8_msb_sum7[19:0] <= ((int8_msb_sum_3_5[17:0] + {1'b0,sq_pd_int8_msb_4_d[16:0]}) + (int8_msb_sum_2_6[17:0] + int8_msb_sum_1_7[17:0]));
  // VCS coverage off
  end else if ((load_din_2d &(len7|len9)     ) == 1'b0) begin
  end else begin
    int8_msb_sum7[19:0] <= 'bx;  // spyglass disable STARC-2.10.1.6 W443 NoWidthInBasedNum-ML -- (Constant containing x or z used, Based number `bx contains an X, Width specification missing for based number)
  // VCS coverage on
  end
  end
end
`ifdef SPYGLASS_ASSERT_ON
`else
// spyglass disable_block NoWidthInBasedNum-ML 
// spyglass disable_block STARC-2.10.3.2a 
// spyglass disable_block STARC05-2.1.3.1 
// spyglass disable_block STARC-2.1.4.6 
// spyglass disable_block W116 
// spyglass disable_block W154 
// spyglass disable_block W239 
// spyglass disable_block W362 
// spyglass disable_block WRN_58 
// spyglass disable_block WRN_61 
`endif // SPYGLASS_ASSERT_ON
`ifdef ASSERT_ON
`ifdef FV_ASSERT_ON
`define ASSERT_RESET nvdla_core_rstn
`else
`ifdef SYNTHESIS
`define ASSERT_RESET nvdla_core_rstn
`else
`ifdef ASSERT_OFF_RESET_IS_X
`define ASSERT_RESET ((1'bx === nvdla_core_rstn) ? 1'b0 : nvdla_core_rstn)
`else
`define ASSERT_RESET ((1'bx === nvdla_core_rstn) ? 1'b1 : nvdla_core_rstn)
`endif // ASSERT_OFF_RESET_IS_X
`endif // SYNTHESIS
`endif // FV_ASSERT_ON
`ifndef SYNTHESIS
  // VCS coverage off 
  nv_assert_no_x #(0,1,0,"No X's allowed on control signals")      zzz_assert_no_x_13x (nvdla_core_clk, `ASSERT_RESET, 1'd1,  (^(load_din_2d &(len7|len9)     ))); // spyglass disable W504 SelfDeterminedExpr-ML 
  // VCS coverage on
`endif
`undef ASSERT_RESET
`endif // ASSERT_ON
`ifdef SPYGLASS_ASSERT_ON
`else
// spyglass enable_block NoWidthInBasedNum-ML 
// spyglass enable_block STARC-2.10.3.2a 
// spyglass enable_block STARC05-2.1.3.1 
// spyglass enable_block STARC-2.1.4.6 
// spyglass enable_block W116 
// spyglass enable_block W154 
// spyglass enable_block W239 
// spyglass enable_block W362 
// spyglass enable_block WRN_58 
// spyglass enable_block WRN_61 
`endif // SPYGLASS_ASSERT_ON
always @(posedge nvdla_core_clk or negedge nvdla_core_rstn) begin
  if (!nvdla_core_rstn) begin
    int8_msb_sum9[20:0] <= {21{1'b0}};
  end else begin
  if ((load_din_2d &(len9)          ) == 1'b1) begin
    int8_msb_sum9[20:0] <= (((int8_msb_sum_3_5[17:0] + {1'b0,sq_pd_int8_msb_4_d[16:0]}) + (int8_msb_sum_2_6[17:0] + int8_msb_sum_1_7[17:0])) + {2'd0,int8_msb_sum_0_8[17:0]});
  // VCS coverage off
  end else if ((load_din_2d &(len9)          ) == 1'b0) begin
  end else begin
    int8_msb_sum9[20:0] <= 'bx;  // spyglass disable STARC-2.10.1.6 W443 NoWidthInBasedNum-ML -- (Constant containing x or z used, Based number `bx contains an X, Width specification missing for based number)
  // VCS coverage on
  end
  end
end
`ifdef SPYGLASS_ASSERT_ON
`else
// spyglass disable_block NoWidthInBasedNum-ML 
// spyglass disable_block STARC-2.10.3.2a 
// spyglass disable_block STARC05-2.1.3.1 
// spyglass disable_block STARC-2.1.4.6 
// spyglass disable_block W116 
// spyglass disable_block W154 
// spyglass disable_block W239 
// spyglass disable_block W362 
// spyglass disable_block WRN_58 
// spyglass disable_block WRN_61 
`endif // SPYGLASS_ASSERT_ON
`ifdef ASSERT_ON
`ifdef FV_ASSERT_ON
`define ASSERT_RESET nvdla_core_rstn
`else
`ifdef SYNTHESIS
`define ASSERT_RESET nvdla_core_rstn
`else
`ifdef ASSERT_OFF_RESET_IS_X
`define ASSERT_RESET ((1'bx === nvdla_core_rstn) ? 1'b0 : nvdla_core_rstn)
`else
`define ASSERT_RESET ((1'bx === nvdla_core_rstn) ? 1'b1 : nvdla_core_rstn)
`endif // ASSERT_OFF_RESET_IS_X
`endif // SYNTHESIS
`endif // FV_ASSERT_ON
`ifndef SYNTHESIS
  // VCS coverage off 
  nv_assert_no_x #(0,1,0,"No X's allowed on control signals")      zzz_assert_no_x_14x (nvdla_core_clk, `ASSERT_RESET, 1'd1,  (^(load_din_2d &(len9)          ))); // spyglass disable W504 SelfDeterminedExpr-ML 
  // VCS coverage on
`endif
`undef ASSERT_RESET
`endif // ASSERT_ON
`ifdef SPYGLASS_ASSERT_ON
`else
// spyglass enable_block NoWidthInBasedNum-ML 
// spyglass enable_block STARC-2.10.3.2a 
// spyglass enable_block STARC05-2.1.3.1 
// spyglass enable_block STARC-2.1.4.6 
// spyglass enable_block W116 
// spyglass enable_block W154 
// spyglass enable_block W239 
// spyglass enable_block W362 
// spyglass enable_block WRN_58 
// spyglass enable_block WRN_61 
`endif // SPYGLASS_ASSERT_ON

//assign sq4[32:0] = int8_en ? {16'd0,sq_pd_int8_lsb_4[16:0]} : sq_pd_int16_4[32:0];
always @(posedge nvdla_core_clk or negedge nvdla_core_rstn) begin
  if (!nvdla_core_rstn) begin
    int16_sum3[34:0] <= {35{1'b0}};
  end else begin
  if ((load_din_2d                  ) == 1'b1) begin
    int16_sum3[34:0] <= (int16_sum_3_5[33:0] + {1'b0,sq4_d[32:0]});
  // VCS coverage off
  end else if ((load_din_2d                  ) == 1'b0) begin
  end else begin
    int16_sum3[34:0] <= 'bx;  // spyglass disable STARC-2.10.1.6 W443 NoWidthInBasedNum-ML -- (Constant containing x or z used, Based number `bx contains an X, Width specification missing for based number)
  // VCS coverage on
  end
  end
end
`ifdef SPYGLASS_ASSERT_ON
`else
// spyglass disable_block NoWidthInBasedNum-ML 
// spyglass disable_block STARC-2.10.3.2a 
// spyglass disable_block STARC05-2.1.3.1 
// spyglass disable_block STARC-2.1.4.6 
// spyglass disable_block W116 
// spyglass disable_block W154 
// spyglass disable_block W239 
// spyglass disable_block W362 
// spyglass disable_block WRN_58 
// spyglass disable_block WRN_61 
`endif // SPYGLASS_ASSERT_ON
`ifdef ASSERT_ON
`ifdef FV_ASSERT_ON
`define ASSERT_RESET nvdla_core_rstn
`else
`ifdef SYNTHESIS
`define ASSERT_RESET nvdla_core_rstn
`else
`ifdef ASSERT_OFF_RESET_IS_X
`define ASSERT_RESET ((1'bx === nvdla_core_rstn) ? 1'b0 : nvdla_core_rstn)
`else
`define ASSERT_RESET ((1'bx === nvdla_core_rstn) ? 1'b1 : nvdla_core_rstn)
`endif // ASSERT_OFF_RESET_IS_X
`endif // SYNTHESIS
`endif // FV_ASSERT_ON
`ifndef SYNTHESIS
  // VCS coverage off 
  nv_assert_no_x #(0,1,0,"No X's allowed on control signals")      zzz_assert_no_x_15x (nvdla_core_clk, `ASSERT_RESET, 1'd1,  (^(load_din_2d                  ))); // spyglass disable W504 SelfDeterminedExpr-ML 
  // VCS coverage on
`endif
`undef ASSERT_RESET
`endif // ASSERT_ON
`ifdef SPYGLASS_ASSERT_ON
`else
// spyglass enable_block NoWidthInBasedNum-ML 
// spyglass enable_block STARC-2.10.3.2a 
// spyglass enable_block STARC05-2.1.3.1 
// spyglass enable_block STARC-2.1.4.6 
// spyglass enable_block W116 
// spyglass enable_block W154 
// spyglass enable_block W239 
// spyglass enable_block W362 
// spyglass enable_block WRN_58 
// spyglass enable_block WRN_61 
`endif // SPYGLASS_ASSERT_ON
always @(posedge nvdla_core_clk or negedge nvdla_core_rstn) begin
  if (!nvdla_core_rstn) begin
    int16_sum5[35:0] <= {36{1'b0}};
  end else begin
  if ((load_din_2d &(len5|len7|len9)) == 1'b1) begin
    int16_sum5[35:0] <= ((int16_sum_3_5[33:0] + {1'b0,sq4_d[32:0]}) + {1'b0,int16_sum_2_6[33:0]});
  // VCS coverage off
  end else if ((load_din_2d &(len5|len7|len9)) == 1'b0) begin
  end else begin
    int16_sum5[35:0] <= 'bx;  // spyglass disable STARC-2.10.1.6 W443 NoWidthInBasedNum-ML -- (Constant containing x or z used, Based number `bx contains an X, Width specification missing for based number)
  // VCS coverage on
  end
  end
end
`ifdef SPYGLASS_ASSERT_ON
`else
// spyglass disable_block NoWidthInBasedNum-ML 
// spyglass disable_block STARC-2.10.3.2a 
// spyglass disable_block STARC05-2.1.3.1 
// spyglass disable_block STARC-2.1.4.6 
// spyglass disable_block W116 
// spyglass disable_block W154 
// spyglass disable_block W239 
// spyglass disable_block W362 
// spyglass disable_block WRN_58 
// spyglass disable_block WRN_61 
`endif // SPYGLASS_ASSERT_ON
`ifdef ASSERT_ON
`ifdef FV_ASSERT_ON
`define ASSERT_RESET nvdla_core_rstn
`else
`ifdef SYNTHESIS
`define ASSERT_RESET nvdla_core_rstn
`else
`ifdef ASSERT_OFF_RESET_IS_X
`define ASSERT_RESET ((1'bx === nvdla_core_rstn) ? 1'b0 : nvdla_core_rstn)
`else
`define ASSERT_RESET ((1'bx === nvdla_core_rstn) ? 1'b1 : nvdla_core_rstn)
`endif // ASSERT_OFF_RESET_IS_X
`endif // SYNTHESIS
`endif // FV_ASSERT_ON
`ifndef SYNTHESIS
  // VCS coverage off 
  nv_assert_no_x #(0,1,0,"No X's allowed on control signals")      zzz_assert_no_x_16x (nvdla_core_clk, `ASSERT_RESET, 1'd1,  (^(load_din_2d &(len5|len7|len9)))); // spyglass disable W504 SelfDeterminedExpr-ML 
  // VCS coverage on
`endif
`undef ASSERT_RESET
`endif // ASSERT_ON
`ifdef SPYGLASS_ASSERT_ON
`else
// spyglass enable_block NoWidthInBasedNum-ML 
// spyglass enable_block STARC-2.10.3.2a 
// spyglass enable_block STARC05-2.1.3.1 
// spyglass enable_block STARC-2.1.4.6 
// spyglass enable_block W116 
// spyglass enable_block W154 
// spyglass enable_block W239 
// spyglass enable_block W362 
// spyglass enable_block WRN_58 
// spyglass enable_block WRN_61 
`endif // SPYGLASS_ASSERT_ON
always @(posedge nvdla_core_clk or negedge nvdla_core_rstn) begin
  if (!nvdla_core_rstn) begin
    int16_sum7[35:0] <= {36{1'b0}};
  end else begin
  if ((load_din_2d &(len7|len9)     ) == 1'b1) begin
    int16_sum7[35:0] <= ((int16_sum_3_5[33:0] + {1'b0,sq4_d[32:0]}) + (int16_sum_2_6[33:0] + int16_sum_1_7[33:0]));
  // VCS coverage off
  end else if ((load_din_2d &(len7|len9)     ) == 1'b0) begin
  end else begin
    int16_sum7[35:0] <= 'bx;  // spyglass disable STARC-2.10.1.6 W443 NoWidthInBasedNum-ML -- (Constant containing x or z used, Based number `bx contains an X, Width specification missing for based number)
  // VCS coverage on
  end
  end
end
`ifdef SPYGLASS_ASSERT_ON
`else
// spyglass disable_block NoWidthInBasedNum-ML 
// spyglass disable_block STARC-2.10.3.2a 
// spyglass disable_block STARC05-2.1.3.1 
// spyglass disable_block STARC-2.1.4.6 
// spyglass disable_block W116 
// spyglass disable_block W154 
// spyglass disable_block W239 
// spyglass disable_block W362 
// spyglass disable_block WRN_58 
// spyglass disable_block WRN_61 
`endif // SPYGLASS_ASSERT_ON
`ifdef ASSERT_ON
`ifdef FV_ASSERT_ON
`define ASSERT_RESET nvdla_core_rstn
`else
`ifdef SYNTHESIS
`define ASSERT_RESET nvdla_core_rstn
`else
`ifdef ASSERT_OFF_RESET_IS_X
`define ASSERT_RESET ((1'bx === nvdla_core_rstn) ? 1'b0 : nvdla_core_rstn)
`else
`define ASSERT_RESET ((1'bx === nvdla_core_rstn) ? 1'b1 : nvdla_core_rstn)
`endif // ASSERT_OFF_RESET_IS_X
`endif // SYNTHESIS
`endif // FV_ASSERT_ON
`ifndef SYNTHESIS
  // VCS coverage off 
  nv_assert_no_x #(0,1,0,"No X's allowed on control signals")      zzz_assert_no_x_17x (nvdla_core_clk, `ASSERT_RESET, 1'd1,  (^(load_din_2d &(len7|len9)     ))); // spyglass disable W504 SelfDeterminedExpr-ML 
  // VCS coverage on
`endif
`undef ASSERT_RESET
`endif // ASSERT_ON
`ifdef SPYGLASS_ASSERT_ON
`else
// spyglass enable_block NoWidthInBasedNum-ML 
// spyglass enable_block STARC-2.10.3.2a 
// spyglass enable_block STARC05-2.1.3.1 
// spyglass enable_block STARC-2.1.4.6 
// spyglass enable_block W116 
// spyglass enable_block W154 
// spyglass enable_block W239 
// spyglass enable_block W362 
// spyglass enable_block WRN_58 
// spyglass enable_block WRN_61 
`endif // SPYGLASS_ASSERT_ON
always @(posedge nvdla_core_clk or negedge nvdla_core_rstn) begin
  if (!nvdla_core_rstn) begin
    int16_sum9[36:0] <= {37{1'b0}};
  end else begin
  if ((load_din_2d &(len9)          ) == 1'b1) begin
    int16_sum9[36:0] <= (((int16_sum_3_5[33:0] + {1'b0,sq4_d[32:0]}) + (int16_sum_2_6[33:0] + int16_sum_1_7[33:0])) + {2'd0,int16_sum_0_8[33:0]});
  // VCS coverage off
  end else if ((load_din_2d &(len9)          ) == 1'b0) begin
  end else begin
    int16_sum9[36:0] <= 'bx;  // spyglass disable STARC-2.10.1.6 W443 NoWidthInBasedNum-ML -- (Constant containing x or z used, Based number `bx contains an X, Width specification missing for based number)
  // VCS coverage on
  end
  end
end
`ifdef SPYGLASS_ASSERT_ON
`else
// spyglass disable_block NoWidthInBasedNum-ML 
// spyglass disable_block STARC-2.10.3.2a 
// spyglass disable_block STARC05-2.1.3.1 
// spyglass disable_block STARC-2.1.4.6 
// spyglass disable_block W116 
// spyglass disable_block W154 
// spyglass disable_block W239 
// spyglass disable_block W362 
// spyglass disable_block WRN_58 
// spyglass disable_block WRN_61 
`endif // SPYGLASS_ASSERT_ON
`ifdef ASSERT_ON
`ifdef FV_ASSERT_ON
`define ASSERT_RESET nvdla_core_rstn
`else
`ifdef SYNTHESIS
`define ASSERT_RESET nvdla_core_rstn
`else
`ifdef ASSERT_OFF_RESET_IS_X
`define ASSERT_RESET ((1'bx === nvdla_core_rstn) ? 1'b0 : nvdla_core_rstn)
`else
`define ASSERT_RESET ((1'bx === nvdla_core_rstn) ? 1'b1 : nvdla_core_rstn)
`endif // ASSERT_OFF_RESET_IS_X
`endif // SYNTHESIS
`endif // FV_ASSERT_ON
`ifndef SYNTHESIS
  // VCS coverage off 
  nv_assert_no_x #(0,1,0,"No X's allowed on control signals")      zzz_assert_no_x_18x (nvdla_core_clk, `ASSERT_RESET, 1'd1,  (^(load_din_2d &(len9)          ))); // spyglass disable W504 SelfDeterminedExpr-ML 
  // VCS coverage on
`endif
`undef ASSERT_RESET
`endif // ASSERT_ON
`ifdef SPYGLASS_ASSERT_ON
`else
// spyglass enable_block NoWidthInBasedNum-ML 
// spyglass enable_block STARC-2.10.3.2a 
// spyglass enable_block STARC05-2.1.3.1 
// spyglass enable_block STARC-2.1.4.6 
// spyglass enable_block W116 
// spyglass enable_block W154 
// spyglass enable_block W239 
// spyglass enable_block W362 
// spyglass enable_block WRN_58 
// spyglass enable_block WRN_61 
`endif // SPYGLASS_ASSERT_ON

always @(
  reg2dp_normalz_len
  or int8_lsb_sum3
  or int8_msb_sum3
  or int16_sum3
  or int8_lsb_sum5
  or int8_msb_sum5
  or int16_sum5
  or int8_lsb_sum7
  or int8_msb_sum7
  or int16_sum7
  or int8_lsb_sum9
  or int8_msb_sum9
  or int16_sum9
  ) begin
    case(reg2dp_normalz_len[1:0]) 
    2'h0 : begin
        int8_lsb_sum = {2'd0,int8_lsb_sum3};
        int8_msb_sum = {2'd0,int8_msb_sum3};
        int16_sum    = {2'd0,int16_sum3};
    end
    2'h1 : begin
        int8_lsb_sum = {1'd0,int8_lsb_sum5};
        int8_msb_sum = {1'd0,int8_msb_sum5};
        int16_sum    = {1'd0,int16_sum5};
    end
    2'h2 : begin
        int8_lsb_sum = {1'b0,int8_lsb_sum7};
        int8_msb_sum = {1'b0,int8_msb_sum7};
        int16_sum    = {1'b0,int16_sum7};
    end
    default: begin
    //NVDLA_CDP_D_LRN_CFG_0_NORMALZ_LEN_LEN9: begin
        int8_lsb_sum = int8_lsb_sum9[20:0];
        int8_msb_sum = int8_msb_sum9[20:0];
        int16_sum    = int16_sum9[36:0];
    end
    endcase
end
assign int8_sum = {int8_msb_sum,int8_lsb_sum};

endmodule // int_sum_block